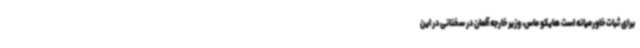
برای ثبات خاورمیانه است هایکو ماس، وزیر خارجه آلمان در سخنانی در این